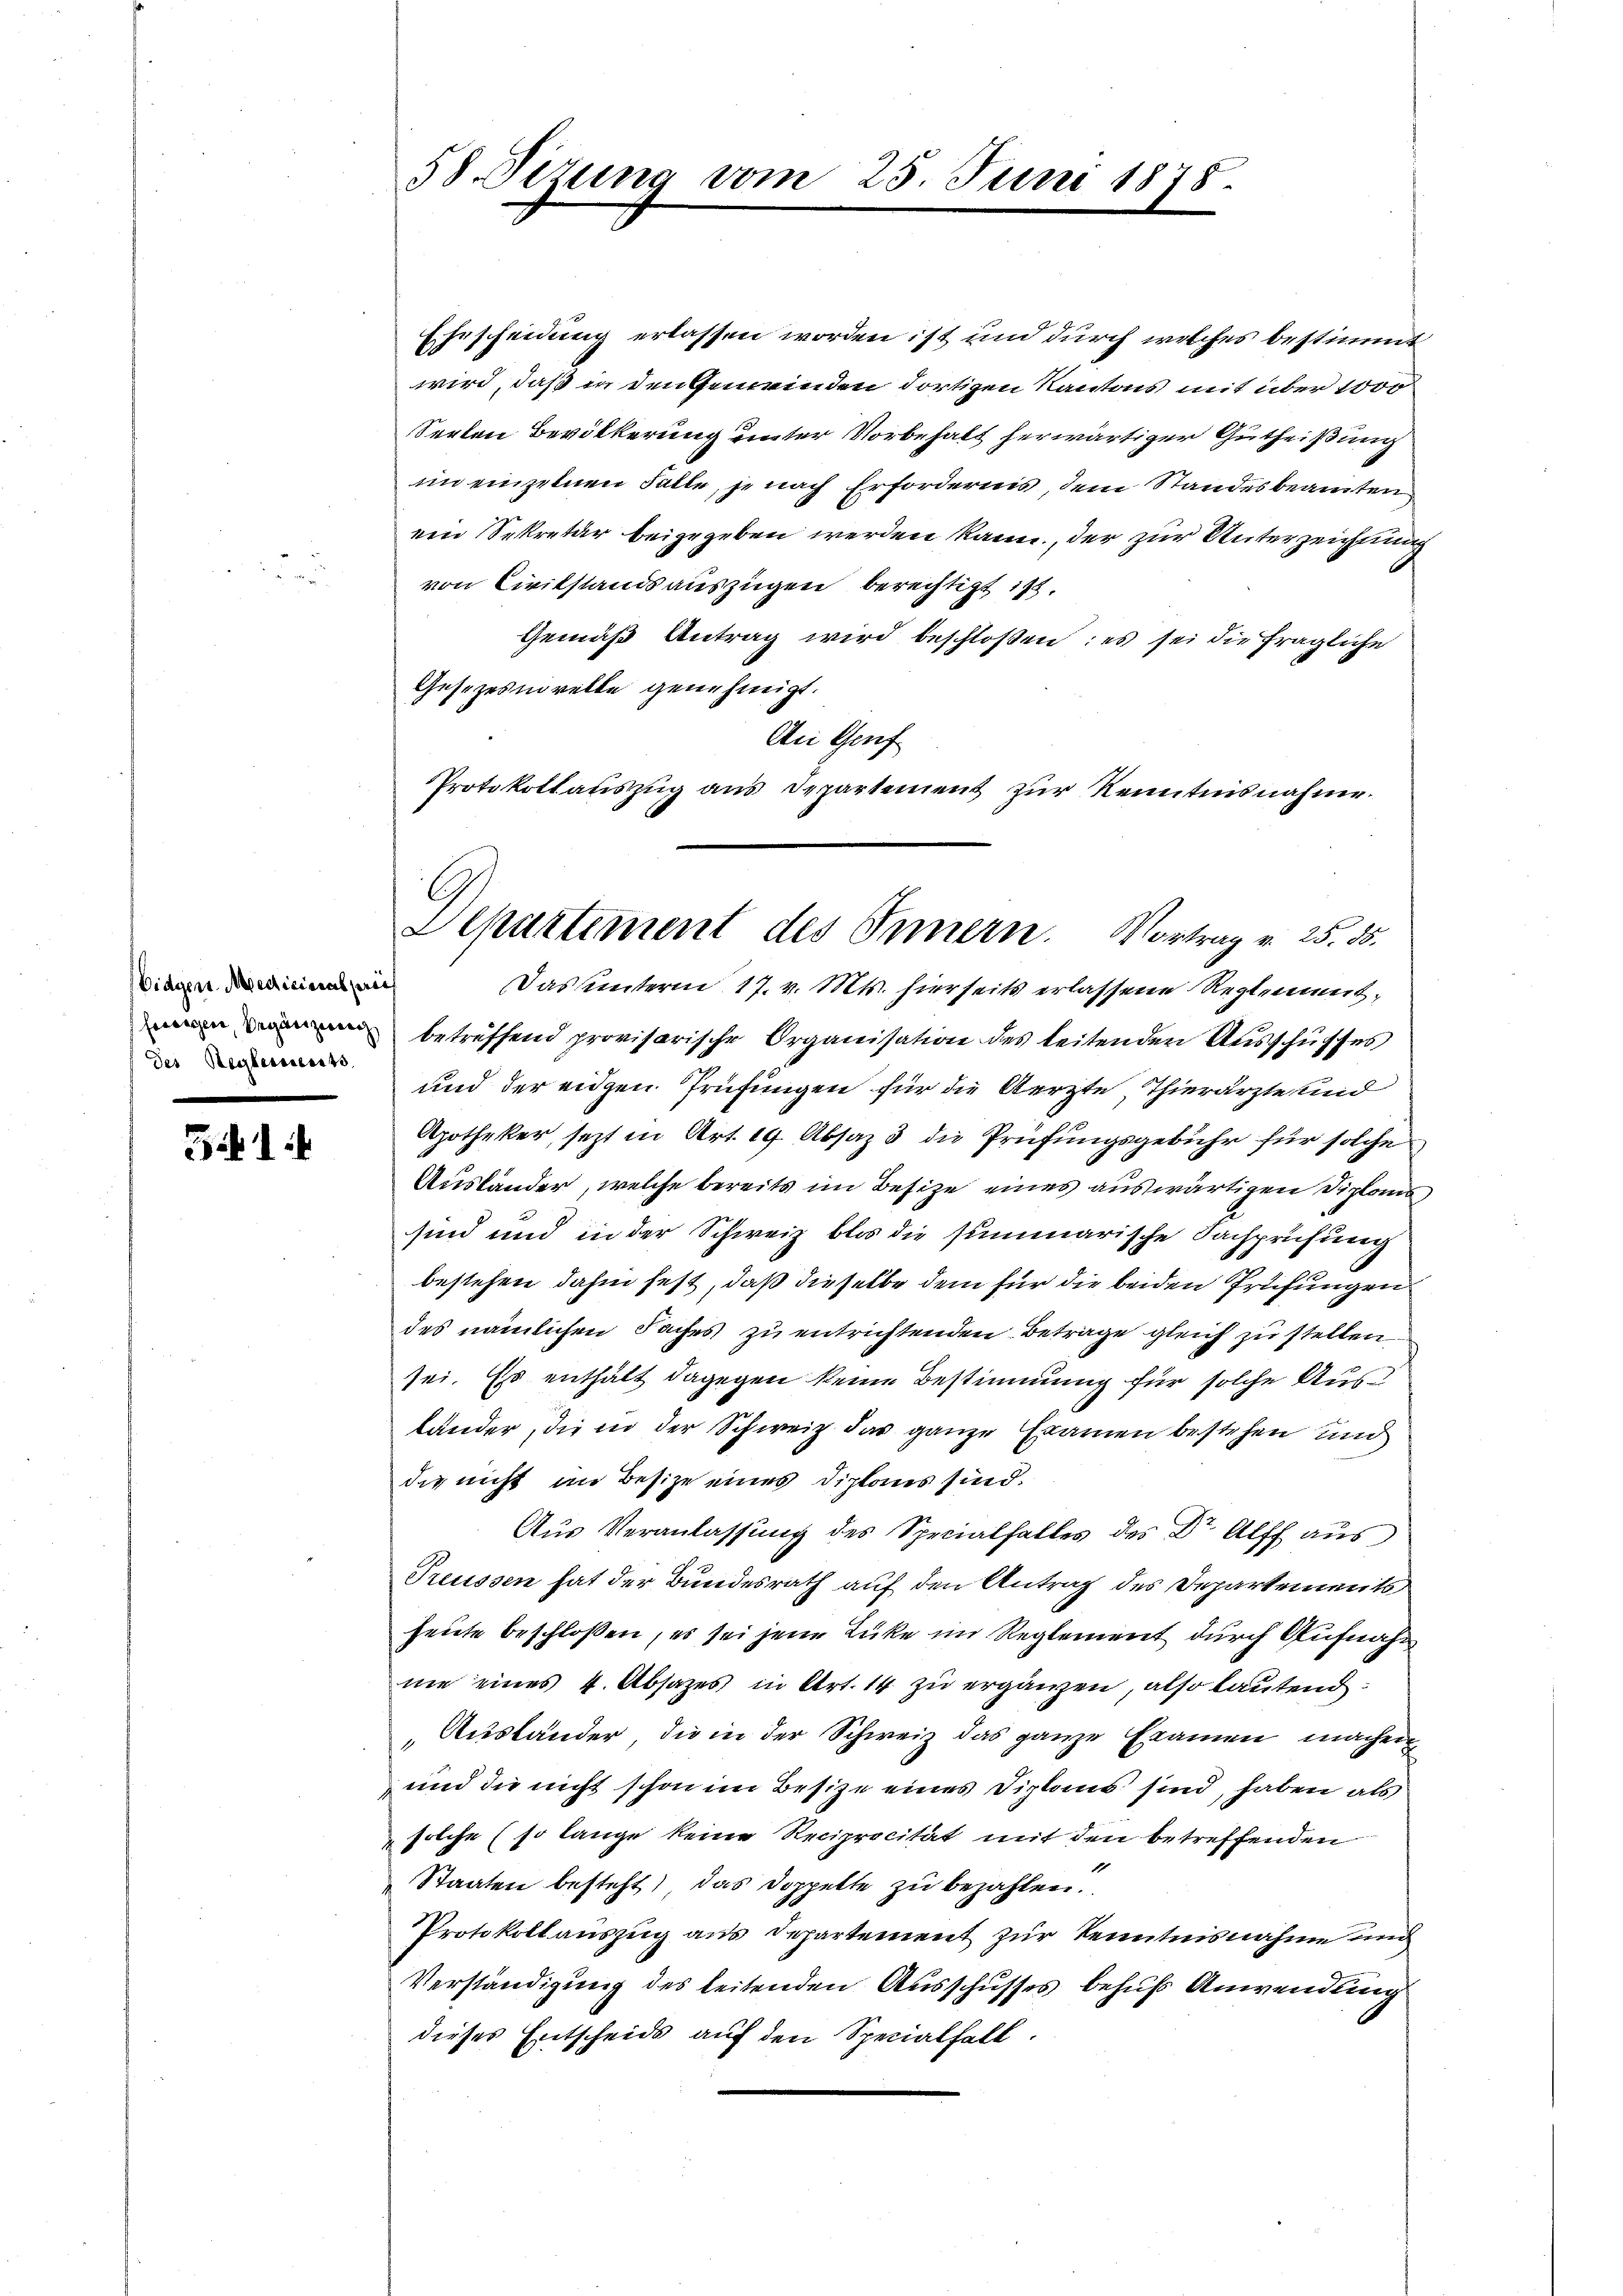
Eidgen. Medicinal prei
des Reglements

541

58. Sizung vom 25. Juni 1878.

Ehescheidung erlassen worden ist und durch welches bestimmt
wird, daß in den Gemeinden dortigen Kantons mit über 100
Seelen Bevölkerung unter Vorbehalt herwärtiger Gutheißung
iin einzelnen Fälle, je nach Erfordernis, dem Standesbeamten
ein Sekretär beigegeben werden kann, der zur Unterzeichnung
von Civilstandsauszügen berechtigt ist.
Gemäß Antrag wird beschloßen: es sei die fragliche
Gesezesnovelle genehmigt.
An Genf
Protokollauszug aus Departement zur Kenntnisnahme.

Das unterm 17. v. Mts. hierseits erlassene Reglementn betreffend provisorische Organisation des leitenden Ausschusses
und der eidgen Prüfungen für die Aerzte Thierärzte und
Apotheker, jezt in Art. 19. Absaz 3 die Prüfungsgebühr für solche
Ausländer, welche bereits im Besitze eines auswärtigen Diploms
sind und in der Schweiz blos die summarische Fachprüfung
bestehen dahin fest, daß dieselbe dem für die beiden Prüfungen
des nämlichen Faches zu entrichtenden Beträge gleich zu stellen
sei. Es enthalt dagegen keine Bestimmung für solche Ausländer, die in der Schweiz das ganze Examen bestehen und
die nicht im Besize eines Diplans sind.
Aus Veranlassung des Specialhaltes des Dr Alff aus
Treussen hat der Bundesrath auf den Antrag des Departenweils
heute beschloßen, es sei jene Lücke im Reglement durch Aufnahnie eines 4. Absatzes in Art. 14 zu ergänzen, also lautend:
Ausländer, die in der Schweiz das ganze Examen machen
und die nicht schon im Besize eines Diplous sind, haben als
solche (so lange keine Reciprocität mit den betreffenden
Staaten besteht, das Doppelte zu bezahlen.
Protokollauszug aus Departement zur Kenntnisnahme und
Verständigung des leitenden Ausschusses behufs Anwendung
dieses Entscheids auf den Specialhalt.

G
Lepartement des Innern. Vortrag v. 25. 55.